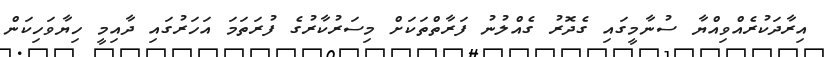
އިރާދަކުރެއްވިއްޔާ ސުނާމީގައި ގެދޮރު ގެއްލުނު ފަރާތްތަކަށް މިސަރުކާރުގެ ފުރަތަމަ އަހަރުގައި ދާއިމީ ހިޔާވަހިކަން